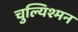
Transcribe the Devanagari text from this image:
चुल्यिश्मन